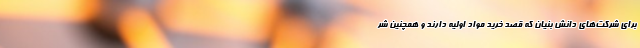
برای شرکت‌های دانش بنیان که قصد خرید مواد اولیه دارند و همچنین شر